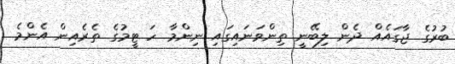
ބުރުގެ ޖާގައެއް ދެން ލިބޭނީ ތިންވަނައިގައި ނިންމާ ހަ ޓީމުގެ ތެރެއިން އެންމެ